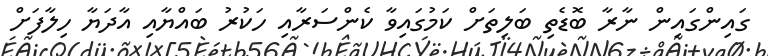
ގައިންގައިން ނާރާ ބޮޑެތި ބަލިތަށް ކަމުގައިވާ ކެންސަރާއި ހަކުރު ބައްޔާއި އާދަޔާ ހިލާފަށް